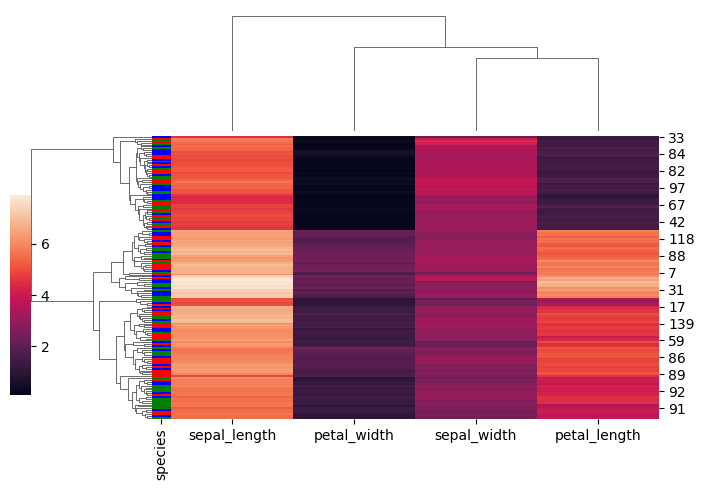
python, seaborn, clustermap, figsize=(7, 5), row_cluster=True, dendrogram_ratio=(0.2, 0.3), cbar_pos=(0, 0.2, 0.03, 0.4)